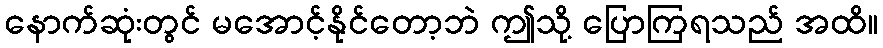
နောက်ဆုံးတွင် မအောင့်နိုင်တော့ဘဲ ဤသို့ ပြောကြရသည် အထိ။